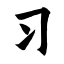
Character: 习